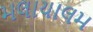
મલાયાલમ